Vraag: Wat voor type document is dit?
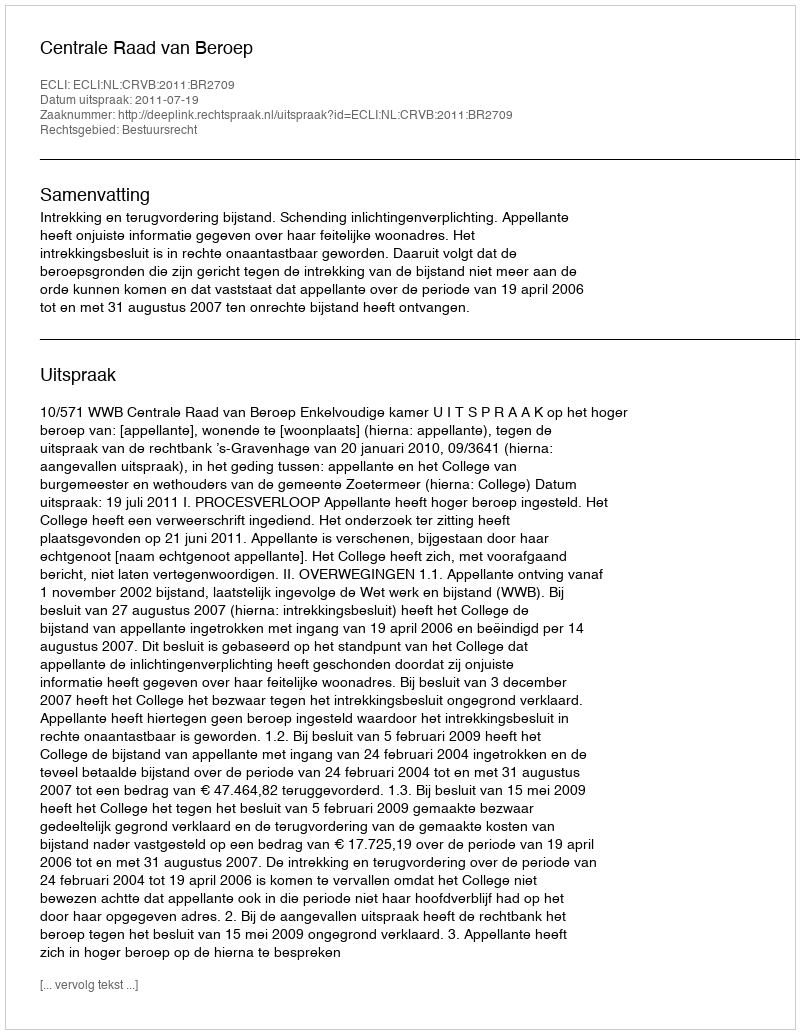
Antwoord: Uitspraak